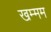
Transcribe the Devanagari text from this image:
खम्‍मम